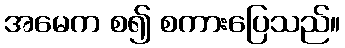
အမေက စ၍ စကားပြေသည်။